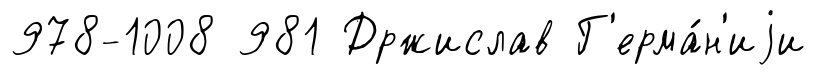
978-1008 981 Држислав Г'ерма́н'иjи